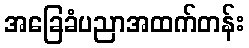
အခြေခံပညာအထက်တန်း